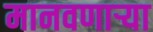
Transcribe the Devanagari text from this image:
मानवणाऱ्या